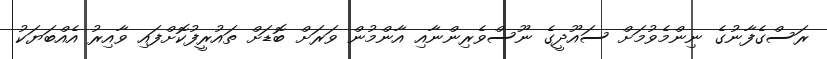
ރަސްގެފާނުގެ ނިންމެވުމަށް ސައޫދީގެ ނޫސްވެެރިންނާއި އާންމުން ވަރަށް ބޮޑަށް ތައުރީފުކޮށްފައި ވާއިރު އެއްބަޔަކު